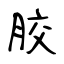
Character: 胶